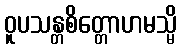
ဝူပသန္တစိတ္တောဟမသ္မိ